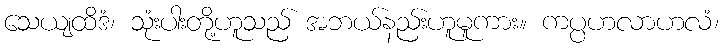
သေယျထိဒံ၊ သုံးပါးတို့ဟူသည် အဘယ်နည်းဟူမူကား။ ကပ္ပဟလာဟလံ၊